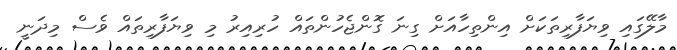
މާލޭގައި ވިޔަފާރިތަކަށް އިންތިހާއަށް ގިނަ ގޮންޖެހުންތައް ހުރިއިރު މި ވިޔަފާރިތައް ވެސް މިދަނީ